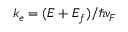
k _ { e } = ( E + E _ { f } ) / \hbar v _ { F }